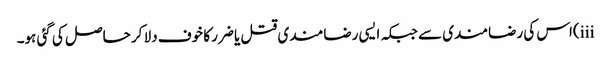
iii)اس کی رضامندی سے جبکہ ایسی رضامندی قتل یا ضرر کا خوف دلا کر حاصل کی گئی ہو۔